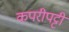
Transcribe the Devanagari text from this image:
कपरीपट्टी